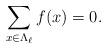
LaTeX: \begin{align*}\sum_{x \in \Lambda_\ell} f(x) =0.\end{align*}